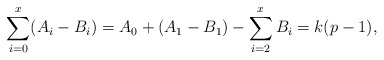
\begin{align*}\sum_{i=0}^x (A_i - B_i) = A_ 0 + (A_1 - B_1) - \sum_{i=2}^x B_i = k(p-1),\end{align*}